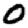
Digit: 0